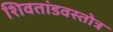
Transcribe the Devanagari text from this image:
शिवतांडवस्तोत्र